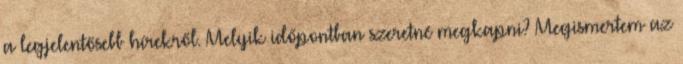
a legjelentősebb hírekről. Melyik időpontban szeretné megkapni? Megismertem az